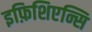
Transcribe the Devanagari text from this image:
इफ़िशिएन्सि